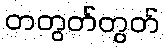
တတွတ်တွတ်